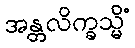
အန္တလိက္ခသ္မိံ